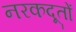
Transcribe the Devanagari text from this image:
नरकदूतों